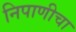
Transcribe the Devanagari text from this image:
निपाणीचा